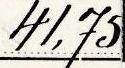
41,75